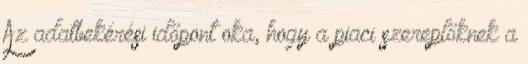
Az adatbekérési időpont oka, hogy a piaci szereplőknek a